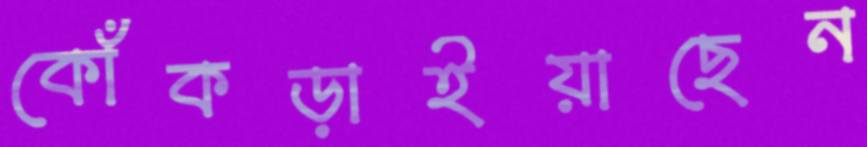
কোঁকড়াইয়াছেন